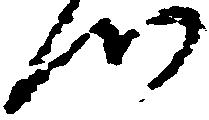
つ